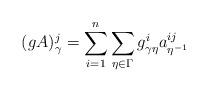
LaTeX: \begin{align*}(gA)^j_\gamma = \sum_{i=1}^n \sum_{\eta \in \Gamma} g^i_{\gamma \eta} a^{ij}_{\eta^{-1}}\end{align*}